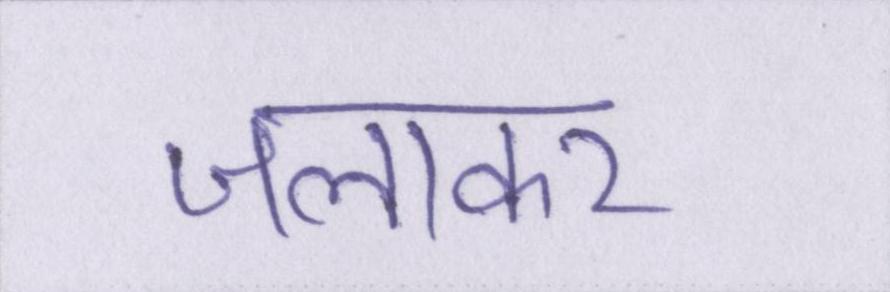
जलाकर